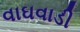
વાઘવાડી